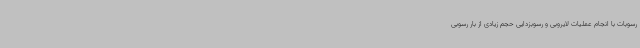
رسوبات با انجام عملیات لایروبی و رسوبزدایی حجم زیادی از بار رسوبی